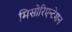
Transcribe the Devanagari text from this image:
मिसोरिएन्टेशन